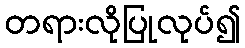
တရားလိုပြုလုပ်၍